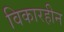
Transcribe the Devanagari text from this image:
विकारहीन